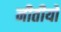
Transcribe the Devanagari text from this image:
नीतीयों